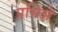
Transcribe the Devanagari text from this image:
प्रभिन्ने